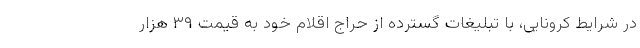
در شرایط کرونایی، با تبلیغات گسترده از حراج اقلام خود به قیمت ۳۹ هزار